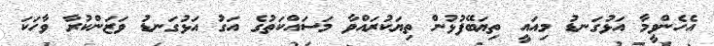
އެހެންވީމާ އަޅުގަނޑު މިއައީ ތިޔަބޭފުޅުން ތިޔަކުރައްވާ މަސައްކަތުގެ އަގު އަޅުގަނޑު ވަޒަންކުރާ ވާހަކަ